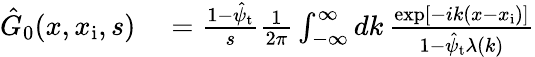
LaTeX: \begin{array}{rl}{\hat{G}_{0}(x,x_{\mathrm{i}},s)}&{{}=\frac{1-\hat{\psi}_{\mathrm{t}}}{s}\frac{1}{2\pi}\int_{-\infty}^{\infty}dk\, \frac{\exp[-ik(x-x_{\mathrm{i}})]}{1-\hat{\psi}_{\mathrm{t}}\lambda(k)}}\end{array}